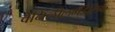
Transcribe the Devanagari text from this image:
वेनिलीलमैंडेलिक